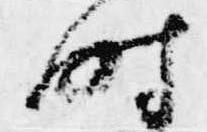
時